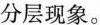
分层现象。